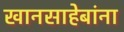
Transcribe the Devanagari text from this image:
खानसाहेबांना